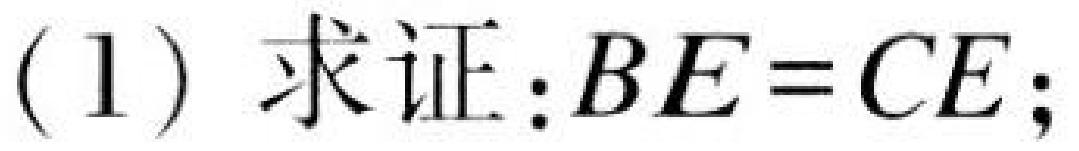
(1) 求证：\(BE = CE\)；